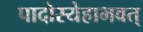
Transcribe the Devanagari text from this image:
पादोस्येहाभवत्